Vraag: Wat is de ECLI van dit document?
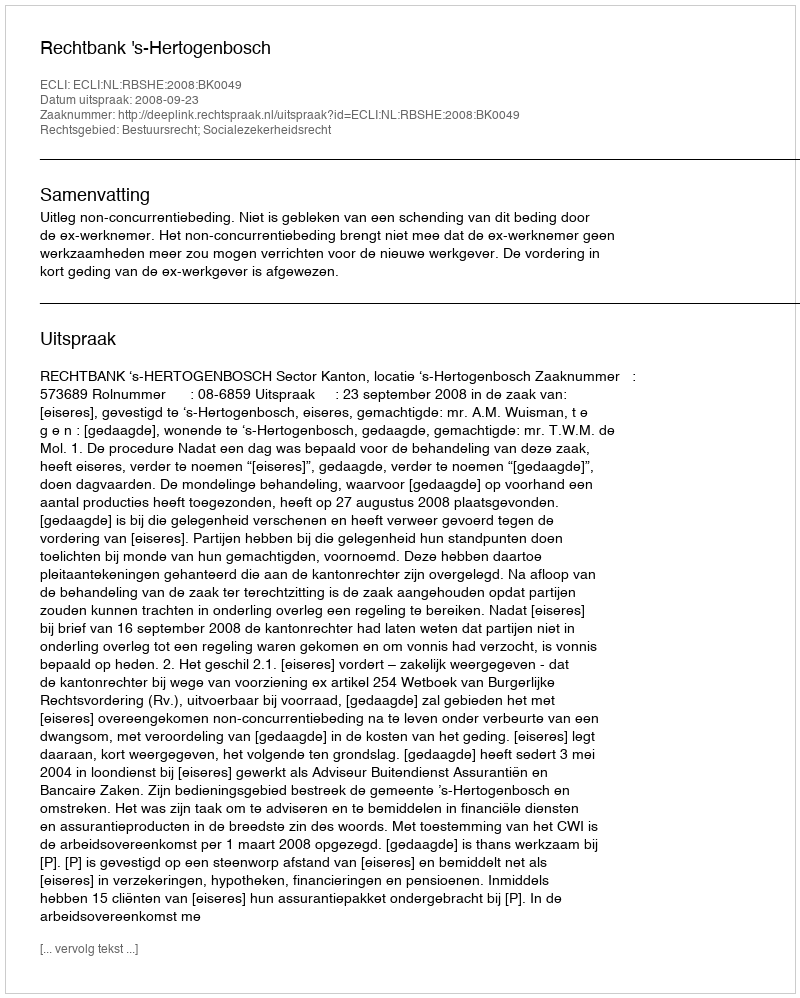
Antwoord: ECLI:NL:RBSHE:2008:BK0049